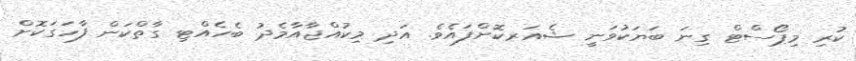
ކުރި މިޕޯސްޓް ގިނަ ބަޔަކުވަނީ ޝެއަރކޮށްފައެވެ. އަދި މިކުއްޖާއާމެދު ބެހެއްޓި ގާތްކަން ފާހަގަކޮށް